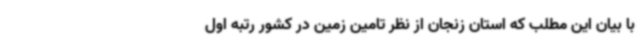
با بیان این مطلب که استان زنجان از نظر تامین زمین در کشور رتبه اول